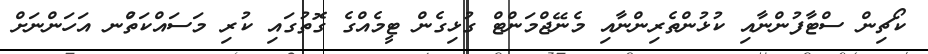
ކޯޗިން ސްޓާފުންނާއި ކުޅުންތެރިންނާއި މެނޭޖްމަންޓް ގުޅިގެން ޓީމެއްގެ ގޮތުގައި ކުރި މަސައްކަތުްނ އަހަންނަށް